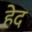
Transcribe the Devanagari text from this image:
हेद